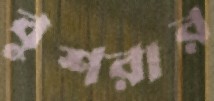
বুশরার